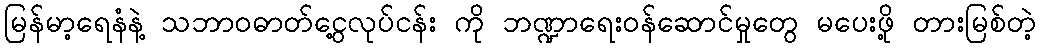
မြန်မာ့ရေနံနဲ့ သဘာဝဓာတ်ငွေ့လုပ်ငန်း ကို ဘဏ္ဍာရေးဝန်ဆောင်မှုတွေ မပေးဖို့ တားမြစ်တဲ့